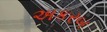
અકરબ